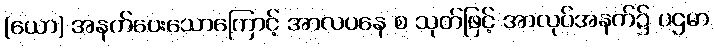
(ယော) အနက်ပေးသောကြောင့် အာလပနေ စ သုတ်ဖြင့် အာလုပ်အနက်၌ ပဌမာ